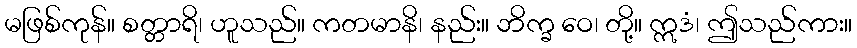
မဖြစ်ကုန်။ စတ္တာရိ၊ ဟူသည်။ ကတမာနိ၊ နည်း။ ဘိက္ခ ဝေ၊ တို့။ ဣဒံ၊ ဤသည်ကား။